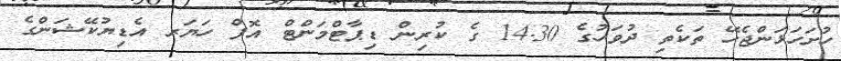
ހުށަހަޅަންޖެހޭ ތަކެތި ދުވަހުގެ 14.30 ގެ ކުރިން ޑިޕާޓްމަންޓް އޮފް ހަޔަރ އެޑިޔުކޭޝަންގެ